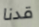
قدنا